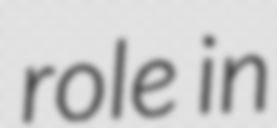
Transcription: role in